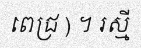
ពេជ្រ ) ។ រស្មី